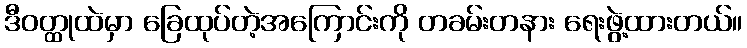
ဒီဝတ္ထုထဲမှာ ခြေထုပ်တဲ့အကြောင်းကို တခမ်းတနား ရေးဖွဲ့ထားတယ်။